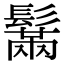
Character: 鬗